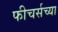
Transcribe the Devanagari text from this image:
फीचर्सच्या